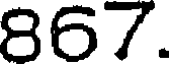
867.